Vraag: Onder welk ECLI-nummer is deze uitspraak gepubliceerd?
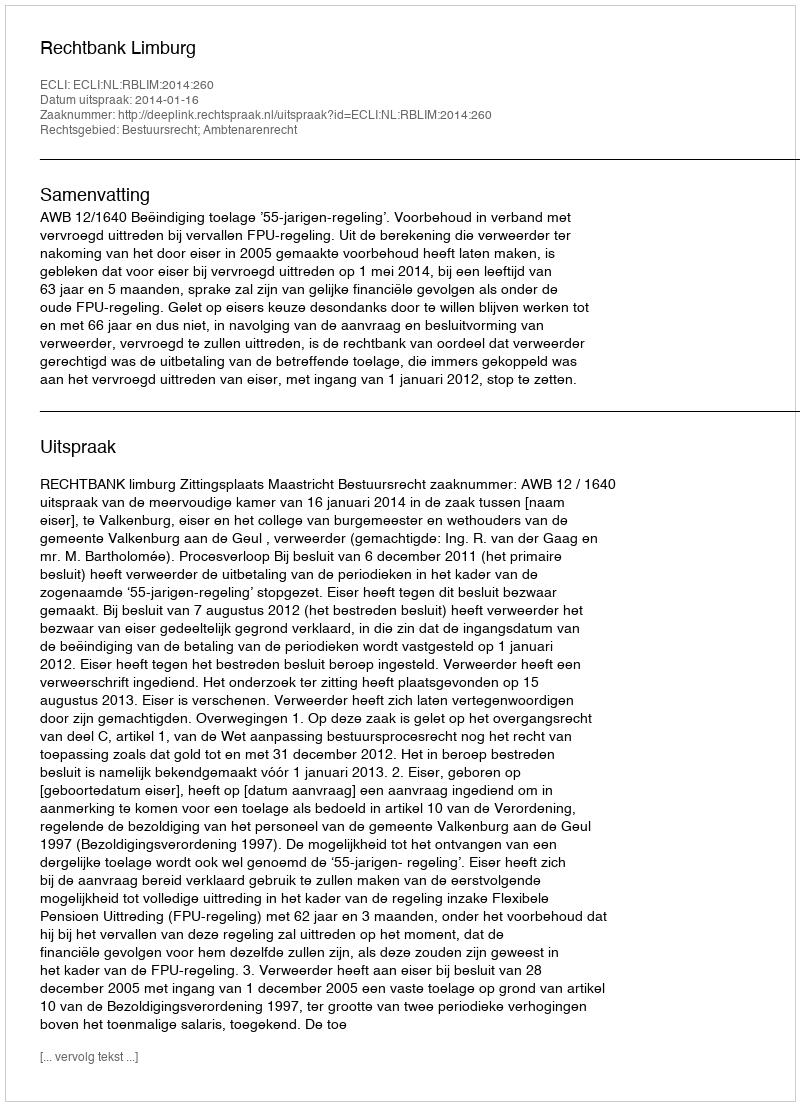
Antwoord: ECLI:NL:RBLIM:2014:260